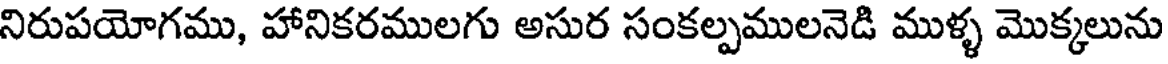
నిరుపయోగము, హానికరములగు అసుర సంకల్పములనెడి ముళ్ళ మొక్కలును